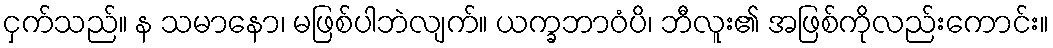
ငှက်သည်။ န သမာနော၊ မဖြစ်ပါဘဲလျက်။ ယက္ခဘာဝံပိ၊ ဘီလူး၏ အဖြစ်ကိုလည်းကောင်း။